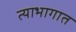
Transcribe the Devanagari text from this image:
त्याभागात